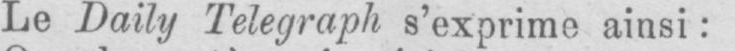
Le Daily Telegraph s’exprime ainsi: